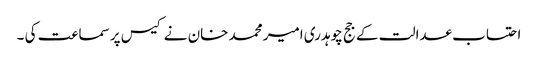
احتساب عدالت کے جج چوہدری امیر محمد خان نے کیس پر سماعت کی ۔